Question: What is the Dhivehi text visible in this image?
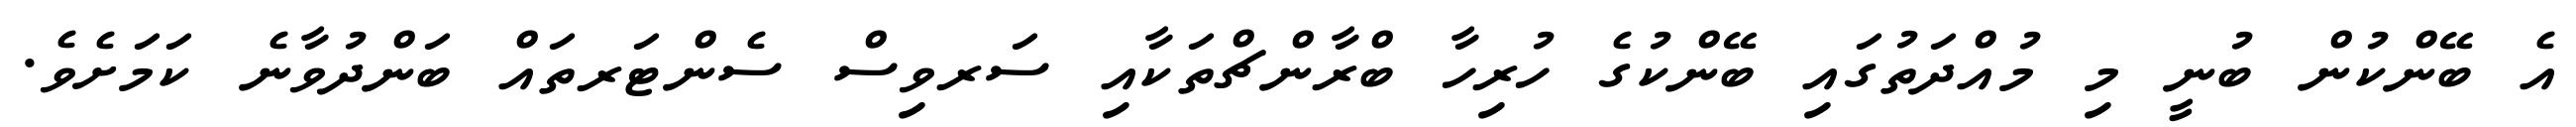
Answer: އެ ބޭންކުން ބުނީ މި މުއްދަތުގައި ބޭންކުގެ ހުރިހާ ބްރާންޗްތަކާއި ސަރވިސް ސެންޓަރތައް ބަންދުވާނެ ކަމަށެވެ.